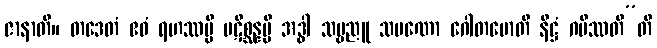
ဇာနာတိ။ တဒေတံ ဧဝံ ရဟဿမ္ပိ ပဋိစ္ဆန္နမ္ပိ အဒ္ဓါ သဗ္ဗညူ သမဏော ဂေါတမောတိ နိဋ္ဌံ ဂမိဿတီ”တိ